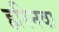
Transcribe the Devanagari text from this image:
हरिनवा